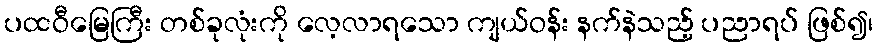
ပထဝီမြေကြီး တစ်ခုလုံးကို လေ့လာရသော ကျယ်ဝန်း နက်နဲသည့် ပညာရပ် ဖြစ်၍၊